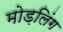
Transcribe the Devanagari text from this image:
मोड़लिंग